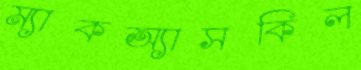
ম্যাকঅ্যাসকিল